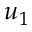
u _ { 1 }